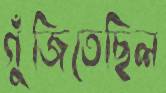
গুঁজিতেছিল